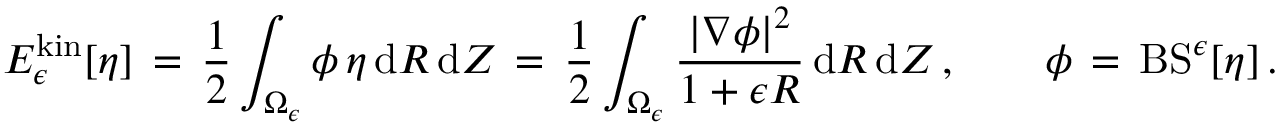
E _ { \epsilon } ^ { \mathrm { k i n } } [ \eta ] \, = \, \frac 1 2 \int _ { \Omega _ { \epsilon } } \phi \, \eta \, \mathrm { d } R \, \mathrm { d } Z \, = \, \frac 1 2 \int _ { \Omega _ { \epsilon } } \frac { | \nabla \phi | ^ { 2 } } { 1 + \epsilon R } \, \mathrm { d } R \, \mathrm { d } Z \, , \qquad \phi \, = \, \mathrm { B S } ^ { \epsilon } [ \eta ] \, .